Lunatic asylums Punjab 1895-1910 - 1895-1910
Year: 1895
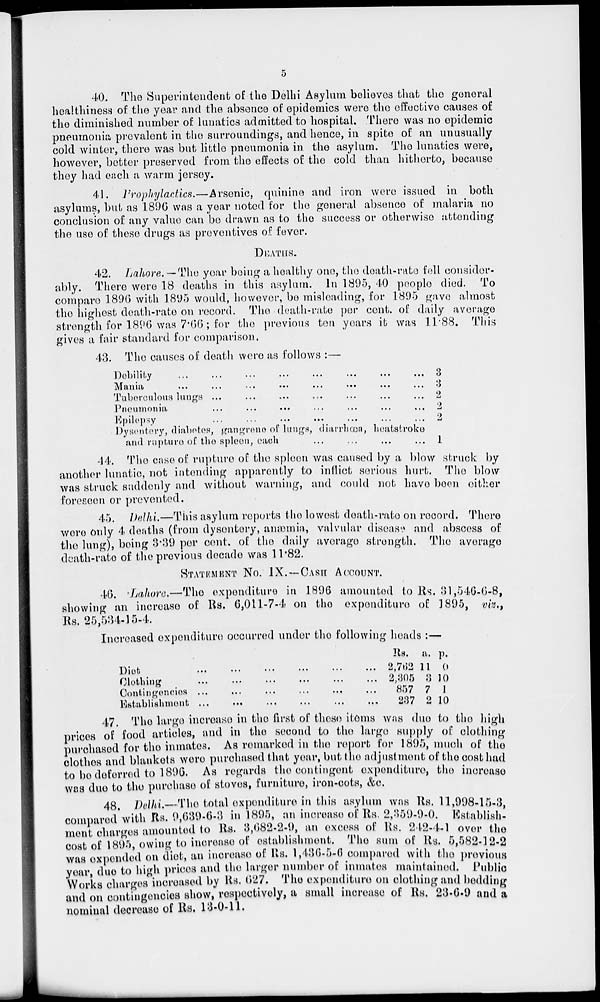
5
40. The Superintendent of the Delhi Asylum believes that the general
healthiness of the year and the absence of epidemics were the effective causes of
the diminished number of lunatics admitted to hospital. There was no epidemic
pneumonia prevalent in the surroundings, and hence, in spite of an unusually
cold winter, there was but little pneumonia in the asylum. The lunatics were,
however, better preserved from the effects of the cold than hitherto, because
they had each a warm jersey.
41. Prophylactics.—Arsenic, quinine and iron were issued in both
asylums, but as 1896 was a year noted for the general absence of malaria no
conclusion of any value can be drawn as to the success or otherwise attending
the use of these drugs as preventives of fever.
DEATHS.
42. Lahore.—The year being a healthy one, the death-rate fell consider-
ably. There were 18 deaths in this asylum. In 1895, 40 people died. To
compare 1896 with 1895 would, however, be misleading, for 1895 gave almost
the highest death-rate on record. The death-rate per cent. of daily average
strength for 1896 was 7.66; for the previous ten years it was 11.88. This
gives a fair standard for comparison.
43. The causes of death were as follows :—
Debility ... ... ... ... ... ... ... ...
Mania ... ... ... ... ... ... ... ...
Tuberculous lungs
...
...
...
...
...
...
...
Pneumonia ... ... ... ... ... ... ...
Epilepsy
...
...
...
...
...
...
...
Dysentery, diabetes, gangrene of lungs, diarrhœa, heatstroke
and rupture of the spleen, each ... ... ... ...
3
3
2
2
2
1
44. The case of rupture of the spleen was caused by a blow struck by
another lunatic, not intending apparently to inflict serious hurt. The blow
was struck suddenly and without warning, and could not have been either
foreseen or prevented.
45. Delhi.—This asylum reports the lowest death-rate on record. There
were only 4 deaths (from dysentery, anœmia, valvular disease and abscess of
the lung), being 3.39 per cent. of the daily average strength. The average
death-rate of the previous decade was 11.82.
STATEMENT No. IX.—CASH ACCOUNT.
46. Lahore.—The expenditure in 1896 amounted to Rs. 31,546-6-8,
showing an increase of Rs. 6,011-7-4 on the expenditure of 1895, viz.,
Rs. 25,534-15-4.
Increased expenditure occurred under the following heads :—
Diet
...
...
...
...
...
...
Clothing ... ... ... ... ... ...
Contingencies ... ... ... ... ... ...
Establishment
...
...
...
...
...
...
Rs.
2,762
2,305
857
237
a.
11
3
7
2
P.
0
10
1
10
47. The large increase in the first of these items was due to the high
prices of food articles, and in the second to the largo supply of clothing
purchased for the inmates. As remarked in the report for 1895, much of the
clothes and blankets were purchased that year, but the adjustment of the cost had
to be deferred to 1896. As regards the contingent expenditure, the increase
was due to the purchase of stoves, furniture, iron-cots, &c.
48. Delhi—The total expenditure in this asylum was Rs. 11,998-15-3,
compared with Rs. 9,639-6-3 in 1895, an increase of Rs. 2,359-9-0. Establish-
ment charges amounted to Rs. 3,682-2-9, an excess of Rs. 242-4-1 over the
cost of 1895, owing to increase of establishment. The sum of Rs. 5,582-12-2
was expended on diet, an increase of Rs. 1,436-5-6 compared with the previous
year due to high prices and the larger number of inmates maintained. Public
Works charges increased by Rs. 627. The expenditure on clothing and bedding
and on contingencies show, respectively, a small increase of Rs. 23-6-9 and a
nominal decrease of Rs. 13-0-11.